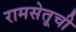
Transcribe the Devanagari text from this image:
रामसेतूची